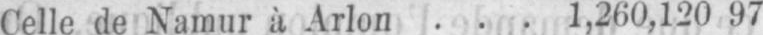
Celle de Namur à Arlon ... 1,260,120 97